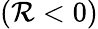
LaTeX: (\mathcal{R}<0)